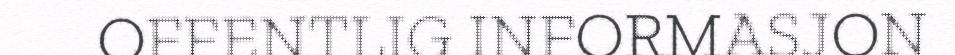
OFFENTLIG INFORMASJON